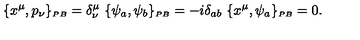
\{ x ^ { \mu } , p _ { \nu } \} _ { \scriptscriptstyle { P B } } = \delta _ { \nu } ^ { \mu } \ \{ \psi _ { a } , \psi _ { b } \} _ { \scriptscriptstyle { P B } } = - i \delta _ { a b } \ \{ x ^ { \mu } , \psi _ { a } \} _ { \scriptscriptstyle { P B } } = 0 .